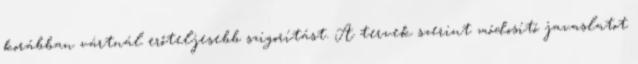
korábban vártnál erőteljesebb szigorítást. A tervek szerint módosító javaslatot